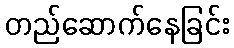
တည်ဆောက်နေခြင်း